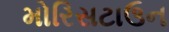
મોરિસટાઉન